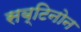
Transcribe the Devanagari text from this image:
सब्टिनोन